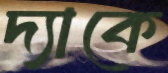
দ্যাকে